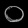
Digit: ၀